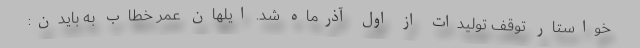
خواستار توقف تولیدات از اول آذرماه شد. ایلهان عمر خطاب به بایدن: